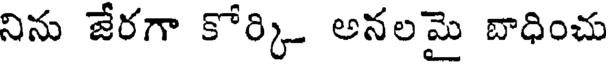
నిను జేరగా కోర్కి అనలమై బాధించు